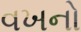
વખનો